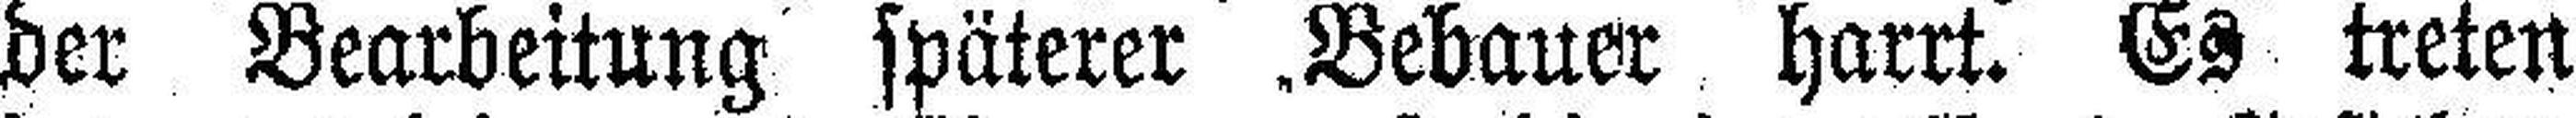
der Bearbeitung späterer Bebauer harrt. Es treten